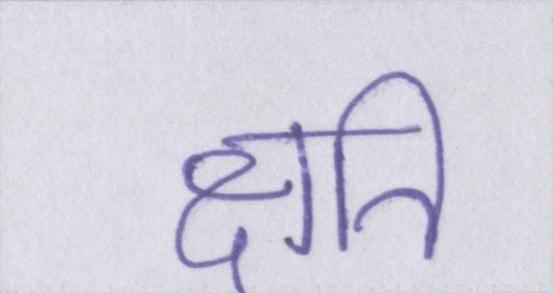
क्षति